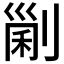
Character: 𠞜